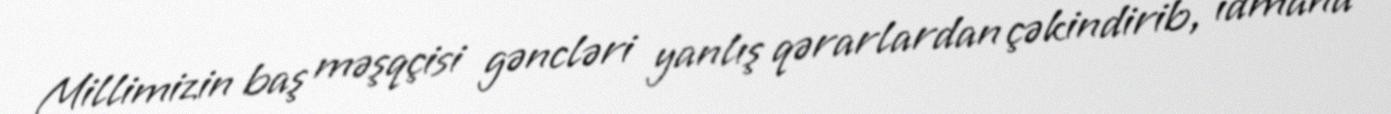
Millimizin baş məşqçisi gəncləri yanlış qərarlardan çəkindirib, idmana